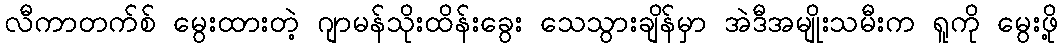
လီကာတက်စ် မွေးထားတဲ့ ဂျာမန်သိုးထိန်းခွေး သေသွားချိန်မှာ အဲဒီအမျိုးသမီးက ရူကို မွေးဖို့